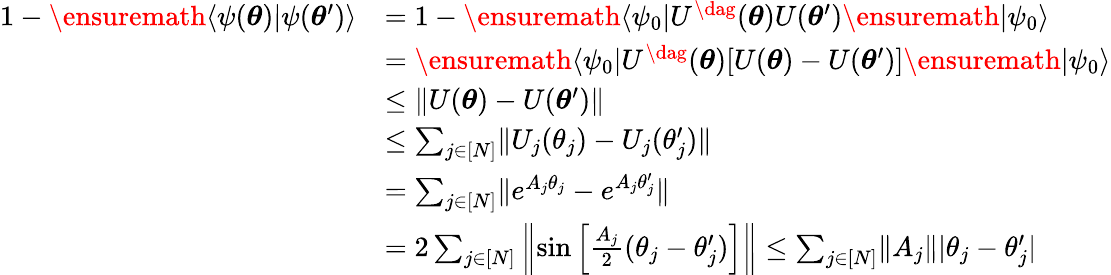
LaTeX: \begin{array}{rl}{1-\ensuremath{\langle{\psi({\boldsymbol{\theta}})}\rvert{\psi({\boldsymbol{\theta}}^{\prime})}\rangle}}&{=1-\ensuremath{\langle{\psi_{0}}\rvert}U^{\dag}({\boldsymbol{\theta}})U({\boldsymbol{\theta}}^{\prime})\ensuremath{\lvert{\psi_{0}}\rangle}}\\ &{=\ensuremath{\langle{\psi_{0}}\rvert}U^{\dag}({\boldsymbol{\theta}})[U({\boldsymbol{\theta}})-U({\boldsymbol{\theta}}^{\prime})]\ensuremath{\lvert{\psi_{0}}\rangle}}\\ &{\leq\lVert U({\boldsymbol{\theta}})-U({\boldsymbol{\theta}}^{\prime})\rVert}\\ &{\leq\sum_{j\in[N]}\lVert U_{j}(\theta_{j})-U_{j}(\theta_{j}^{\prime})\rVert}\\ &{=\sum_{j\in[N]}\lVert e^{A_{j}\theta_{j}}-e^{A_{j}\theta_{j}^{\prime}}\rVert}\\ &{=2\sum_{j\in[N]}\left\lVert\sin\left[\frac{A_{j}}{2}(\theta_{j}-\theta_{j}^{\prime})\right]\right\rVert\leq\sum_{j\in[N]}\lVert A_{j}\rVert|\theta_{j}-\theta_{j}^{\prime}|}\end{array}